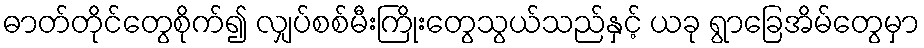
ဓာတ်တိုင်တွေစိုက်၍ လျှပ်စစ်မီးကြိုးတွေသွယ်သည်နှင့် ယခု ရွာခြေအိမ်တွေမှာ